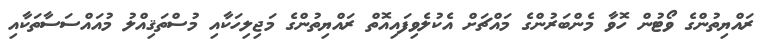
ރައްޔިތުންގެ ވޯޓުން ހޮވާ މެންބަރުންގެ މައްޗަށް އެކުލެވިފައިއޮތް ރައްޔިތުންގެ މަޖިލިހަކާއި މުސްތަޤިއްލު މުއައްސަސާތަކާއި